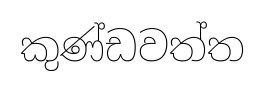
කුණ්ඩවත්ත